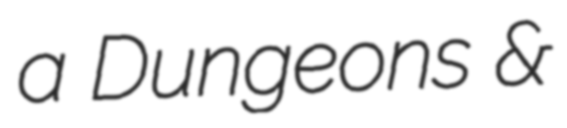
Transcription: a Dungeons &